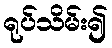
ရုပ်သိမ်း၍